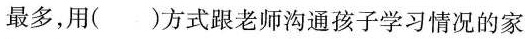
最多，用( )方式跟老师沟通孩子学习情况的家